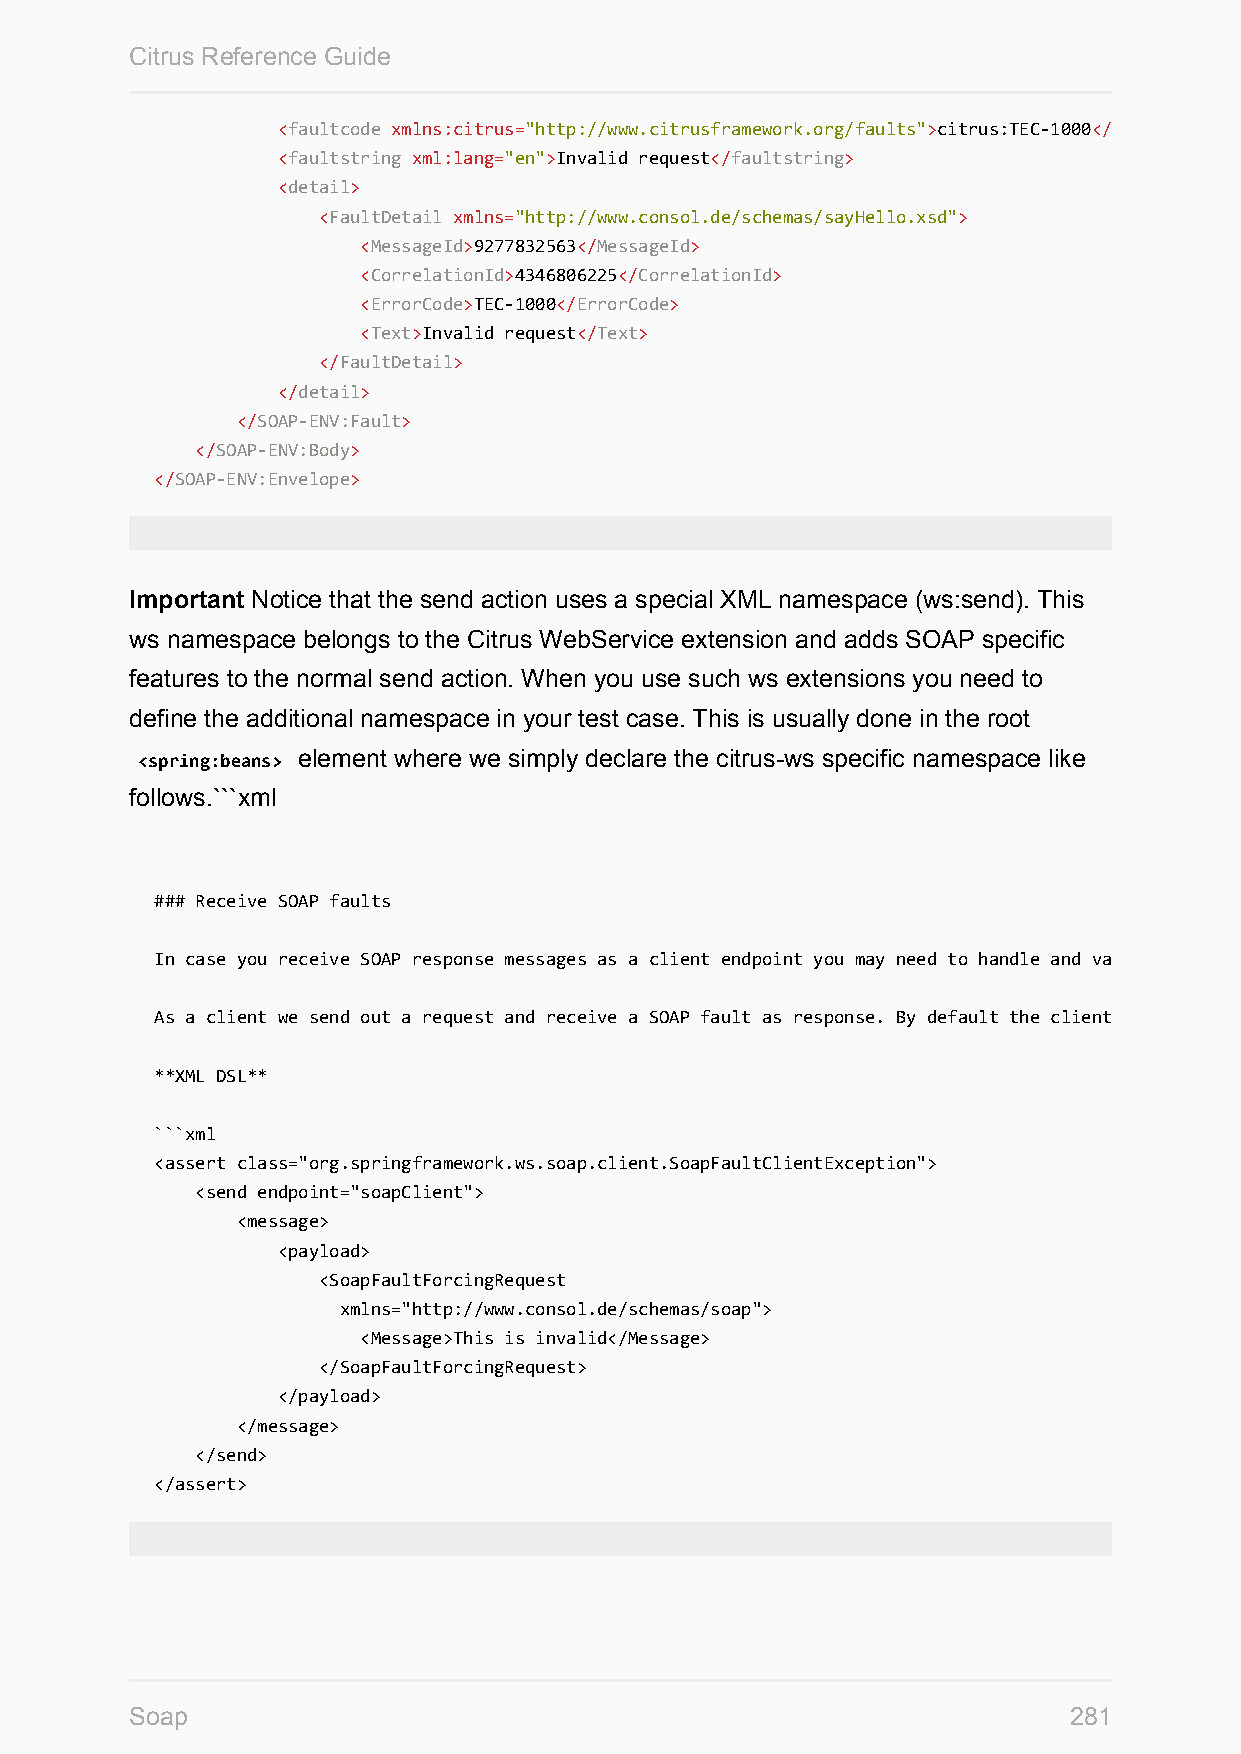
Citrus Reference Guide
 <faultcode xmlns:citrus="http://www.citrusframework.org/faults">citrus:TEC-1000</
 <faultstring xml:lang="en">Invalid request</faultstring>
 <detail>
 <FaultDetail xmlns="http://www.consol.de/schemas/sayHello.xsd">
 <MessageId>9277832563</MessageId>
 <CorrelationId>4346806225</CorrelationId>
 <ErrorCode>TEC-1000</ErrorCode>
 <Text>Invalid request</Text>
 </FaultDetail>
 </detail>
 </SOAP-ENV:Fault>
 </SOAP-ENV:Body>
 </SOAP-ENV:Envelope>
 Important Notice that the send action uses a special XML namespace (ws:send). This
 ws namespace belongs to the Citrus WebService extension and adds SOAP specific
 features to the normal send action. When you use such ws extensions you need to
 define the additional namespace in your test case. This is usually done in the root
 <spring:beans> element where we simply declare the citrus-ws specific namespace like
 follows.```xml
 ### Receive SOAP faults
 In case you receive SOAP response messages as a client endpoint you may need to handle and validate SOAP faults in error situations. Citrus can validate SOAP faults with fault-code, fault-actor, fault-string and fault-detail values.
 As a client we send out a request and receive a SOAP fault as response. By default the client sending action in Citrus throws a specific exception when the SOAP response is a SOAP fault element. This exception is called ***SoapFaultClientException*** coming from the Spring API. You as a tester can assert this kind of exception in a test case in order to expect the SOAP error.
 **XML DSL**
 ```xml
 <assert class="org.springframework.ws.soap.client.SoapFaultClientException">
 <send endpoint="soapClient">
 <message>
 <payload>
 <SoapFaultForcingRequest
 xmlns="http://www.consol.de/schemas/soap">
 <Message>This is invalid</Message>
 </SoapFaultForcingRequest>
 </payload>
 </message>
 </send>
 </assert>
 Soap                                                          281